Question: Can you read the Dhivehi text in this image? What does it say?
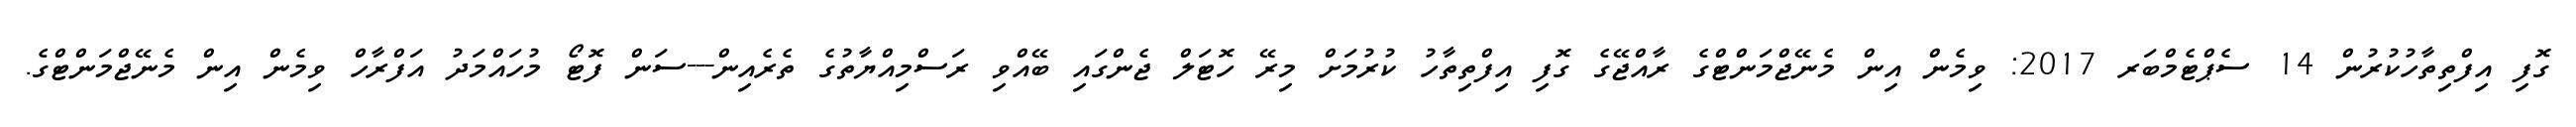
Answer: ގޮފި އިފްތިތާހުކުރުން 14 ސެޕްޓެމްބަރ 2017: ވިމެން އިން މެނޭޖްމަންޓްގެ ރާއްޖޭގެ ގޮފި އިފްތިތާހު ކުރުމަށް މިރޭ ހޮޓަލް ޖެންގައި ބޭއްވި ރަސްމިއްޔާތުގެ ތެރެއިން---ސަން ފޮޓޯ މުހައްމަދު އަފްރާހް ވިމެން އިން މެނޭޖްމަންޓްގެ.